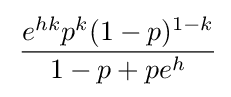
\,{\frac {e^{hk}p^{k}(1-p)^{1-k}}{1-p+pe^{h}}}